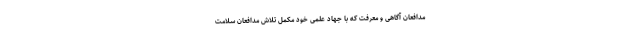
مدافعان آگاهی و معرفت که با جهاد علمی خود مکمل تلاش مدافعان سلامت